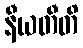
နီယတီတိ